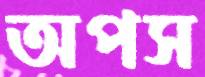
অপস